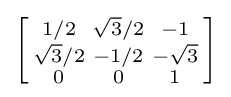
\left[{\begin{smallmatrix}1/2&{\sqrt {3}}/2&-1\\{\sqrt {3}}/2&-1/2&-{\sqrt {3}}\\0&0&1\\\end{smallmatrix}}\right]